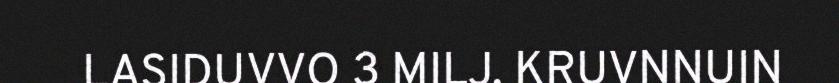
LASIDUVVO 3 MILJ. KRUVNNUIN